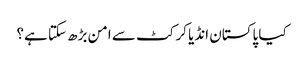
کیا پاکستان انڈیا کرکٹ سے امن بڑھ سکتا ہے؟